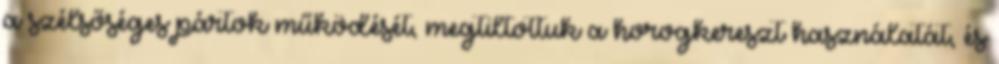
a szélsőséges pártok működését, megtiltottuk a horogkereszt használatát, és